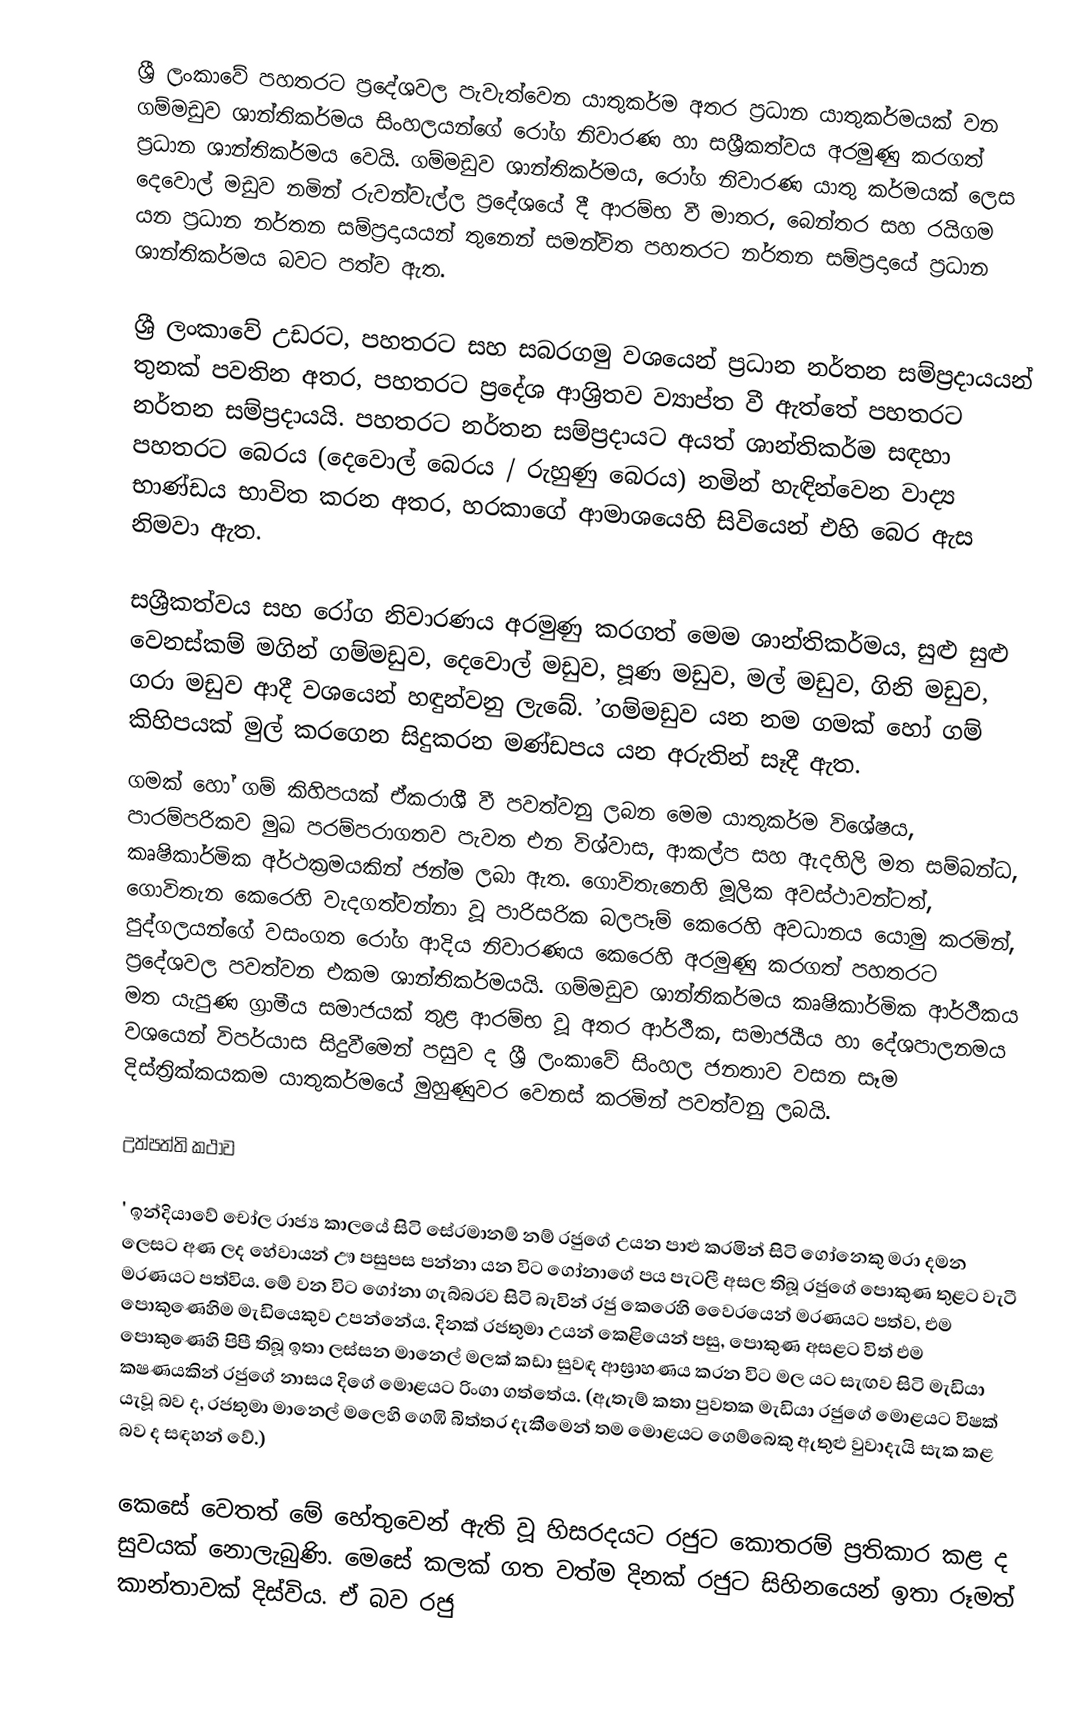
ශ්‍රී ලංකාවේ පහතරට ප්‍රදේශවල පැවැත්වෙන යාතුකර්ම අතර ප්‍රධාන යාතුකර්මයක් වන ගම්මඩුව ශාන්තිකර්මය සිංහලයන්ගේ රෝග නිවාරණ හා සශ්‍රීකත්වය අරමුණු කරගත් ප්‍රධාන ශාන්තිකර්මය වෙයි. ගම්මඩුව ශාන්තිකර්මය, රෝග නිවාරණ යාතු කර්මයක් ලෙස දෙවොල් මඩුව නමින් රුවන්වැල්ල ප්‍රදේශයේ දී ආරම්භ වී මාතර, බෙන්තර සහ රයිගම යන ප්‍රධාන නර්තන සම්ප්‍රදායයන් තුනෙන් සමන්විත පහතරට නර්තන සම්ප්‍රදායේ ප්‍රධාන ශාන්තිකර්මය බවට පත්ව ඇත.

ශ්‍රී ලංකාවේ උඩරට, පහතරට සහ සබරගමු වශයෙන් ප්‍රධාන නර්තන සම්ප්‍රදායයන් තුනක් පවතින අතර, පහතරට ප්‍රදේශ ආශ්‍රිතව ව්‍යාප්ත වී ඇත්තේ පහතරට නර්තන සම්ප්‍රදායයි. පහතරට නර්තන සම්ප්‍රදායට අයත් ශාන්තිකර්ම සඳහා පහතරට බෙරය (දෙවොල් බෙරය / රුහුණු බෙරය) නමින් හැඳින්වෙන වාද්‍ය භාණ්ඩය භාවිත කරන අතර, හරකාගේ ආමාශයෙහි සිවියෙන් එහි බෙර ඇස නිමවා ඇත.

සශ්‍රීකත්වය සහ රෝග නිවාරණය අරමුණු කරගත් මෙම ශාන්තිකර්මය, සුළු සුළු වෙනස්කම් මගින් ගම්මඩුව, දෙවොල් මඩුව, පූණ මඩුව, මල් මඩුව, ගිනි මඩුව, ගරා මඩුව ආදී වශයෙන් හඳුන්වනු ලැබේ. ’ගම්මඩුව යන නම ගමක් හෝ ගම් කිහිපයක් මුල් කරගෙන සිදුකරන මණ්ඩපය යන අරුතින් සෑදී ඇත.
ගමක් හෝ ගම් කිහිපයක් ඒකරාශී වී පවත්වනු ලබන මෙම යාතුකර්ම විශේෂය, පාරම්පරිකව මුඛ පරම්පරාගතව පැවත එන විශ්වාස, ආකල්ප සහ ඇදහිලි මත සම්බන්ධ, කෘෂිකාර්මික අර්ථක්‍රමයකින් ජන්ම ලබා ඇත. ගොවිතැනෙහි මූලික අවස්ථාවන්ටත්, ගොවිතැන කෙරෙහි වැදගත්වන්නා වූ පාරිසරික බලපෑම් කෙරෙහි අවධානය යොමු කරමින්, පුද්ගලයන්ගේ වසංගත රෝග ආදිය නිවාරණය කෙරෙහි අරමුණු කරගත් පහතරට ප්‍රදේශවල පවත්වන එකම ශාන්තිකර්මයයි. ගම්මඩුව ශාන්තිකර්මය කෘෂිකාර්මික ආර්ථීකය මත යැපුණ ග්‍රාමීය සමාජයක් තුළ ආරම්භ වූ අතර ආර්ථීක, සමාජයීය හා දේශපාලනමය වශයෙන් විපර්යාස සිදුවීමෙන් පසුව ද ශ්‍රී ලංකාවේ සිංහල ජනතාව වසන සෑම දිස්ත්‍රික්කයකම යාතුකර්මයේ මුහුණුවර වෙනස් කරමින් පවත්වනු ලබයි.

උත්පත්ති කථාව

' ඉන්දියාවේ චෝල රාජ්‍ය කාලයේ සිටි සේරමානම් නම් රජුගේ උයන පාළු කරමින් සිටි ගෝනෙකු මරා දමන ලෙසට අණ ලද හේවායන් ඌ පසුපස පන්නා යන විට ගෝනාගේ පය පැටලී අසල තිබූ රජුගේ පොකුණ තුළට වැටී මරණයට පත්විය. මේ වන විට ගෝනා ගැබ්බරව සිටි බැවින් රජු කෙරෙහි වෛරයෙන් මරණයට පත්ව, එම පොකුණෙහිම මැඩියෙකුව උපන්නේය. දිනක් රජතුමා උයන් කෙළියෙන් පසු, පොකුණ අසළට විත් එම පොකුණෙහි පිපී තිබූ ඉතා ලස්සන මානෙල් මලක් කඩා සුවඳ ආඝ්‍රාහණය කරන විට මල යට සැඟව සිටි මැඩියා ක‍ෂණයකින් රජුගේ නාසය දිගේ මොළයට රිංගා ගත්තේය. (ඇතැම් කතා පුවතක මැඩියා රජුගේ මොළයට විෂක් යැවූ බව ද, රජතුමා මානෙල් මලෙහි ගෙඹි බිත්තර දැකීමෙන් තම මොළයට ගෙම්බෙකු ඇතුළු වුවාදැයි සැක කළ බව ද සඳහන් වේ.)

කෙසේ වෙතත් මේ හේතුවෙන් ඇති වූ හිසරදයට රජුට කොතරම් ප්‍රතිකාර කළ ද සුවයක් නොලැබුණි. මෙසේ කලක් ගත වත්ම දිනක් රජුට සිහිනයෙන් ඉතා රූමත් කාන්තාවක් දිස්විය. ඒ බව රජු